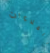
الملاءات